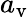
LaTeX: a_{\mathrm{v}}